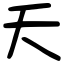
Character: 夭